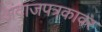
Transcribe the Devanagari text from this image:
अंदाजपत्रकावर